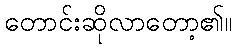
တောင်းဆိုလာတော့၏။